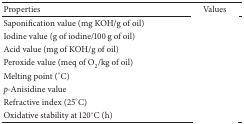
<table><thead><tr><td><b>Properties</b></td><td><b>Values</b></td></tr></thead><tbody><tr><td>Saponification value (mg KOH/g of oil)</td><td>[EMPTY_CELL]</td></tr><tr><td>Iodine value (g of iodine/100 g of oil)</td><td>[EMPTY_CELL]</td></tr><tr><td>Acid value (mg of KOH/g of oil)</td><td>[EMPTY_CELL]</td></tr><tr><td>Peroxide value (meq of O<sub>2</sub>/kg of oil)</td><td>[EMPTY_CELL]</td></tr><tr><td>Melting point (°C)</td><td>[EMPTY_CELL]</td></tr><tr><td><i>p</i>-Anisidine value</td><td>[EMPTY_CELL]</td></tr><tr><td>Refractive index (25°C)</td><td>[EMPTY_CELL]</td></tr><tr><td>Oxidative stability at 120°C (h)</td><td>[EMPTY_CELL]</td></tr></tbody></table>